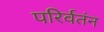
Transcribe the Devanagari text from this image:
परिर्वतंन